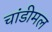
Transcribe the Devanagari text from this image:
चांडीमल